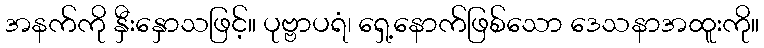
အနက်ကို နှီးနှောသဖြင့်။ ပုဗ္ဗာပရံ၊ ရှေ့နောက်ဖြစ်သော ဒေသနာအထူးကို။